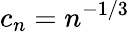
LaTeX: c_{n}=n^{-1/3}